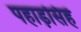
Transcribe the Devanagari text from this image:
पहाड़सिहं